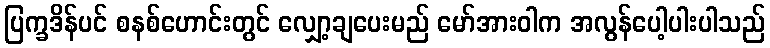
ပြက္ခဒိန်ပင် စနစ်ဟောင်းတွင် လျှော့ချပေးမည် မော်အားဝါက အလွန်ပေါ့ပါးပါသည်